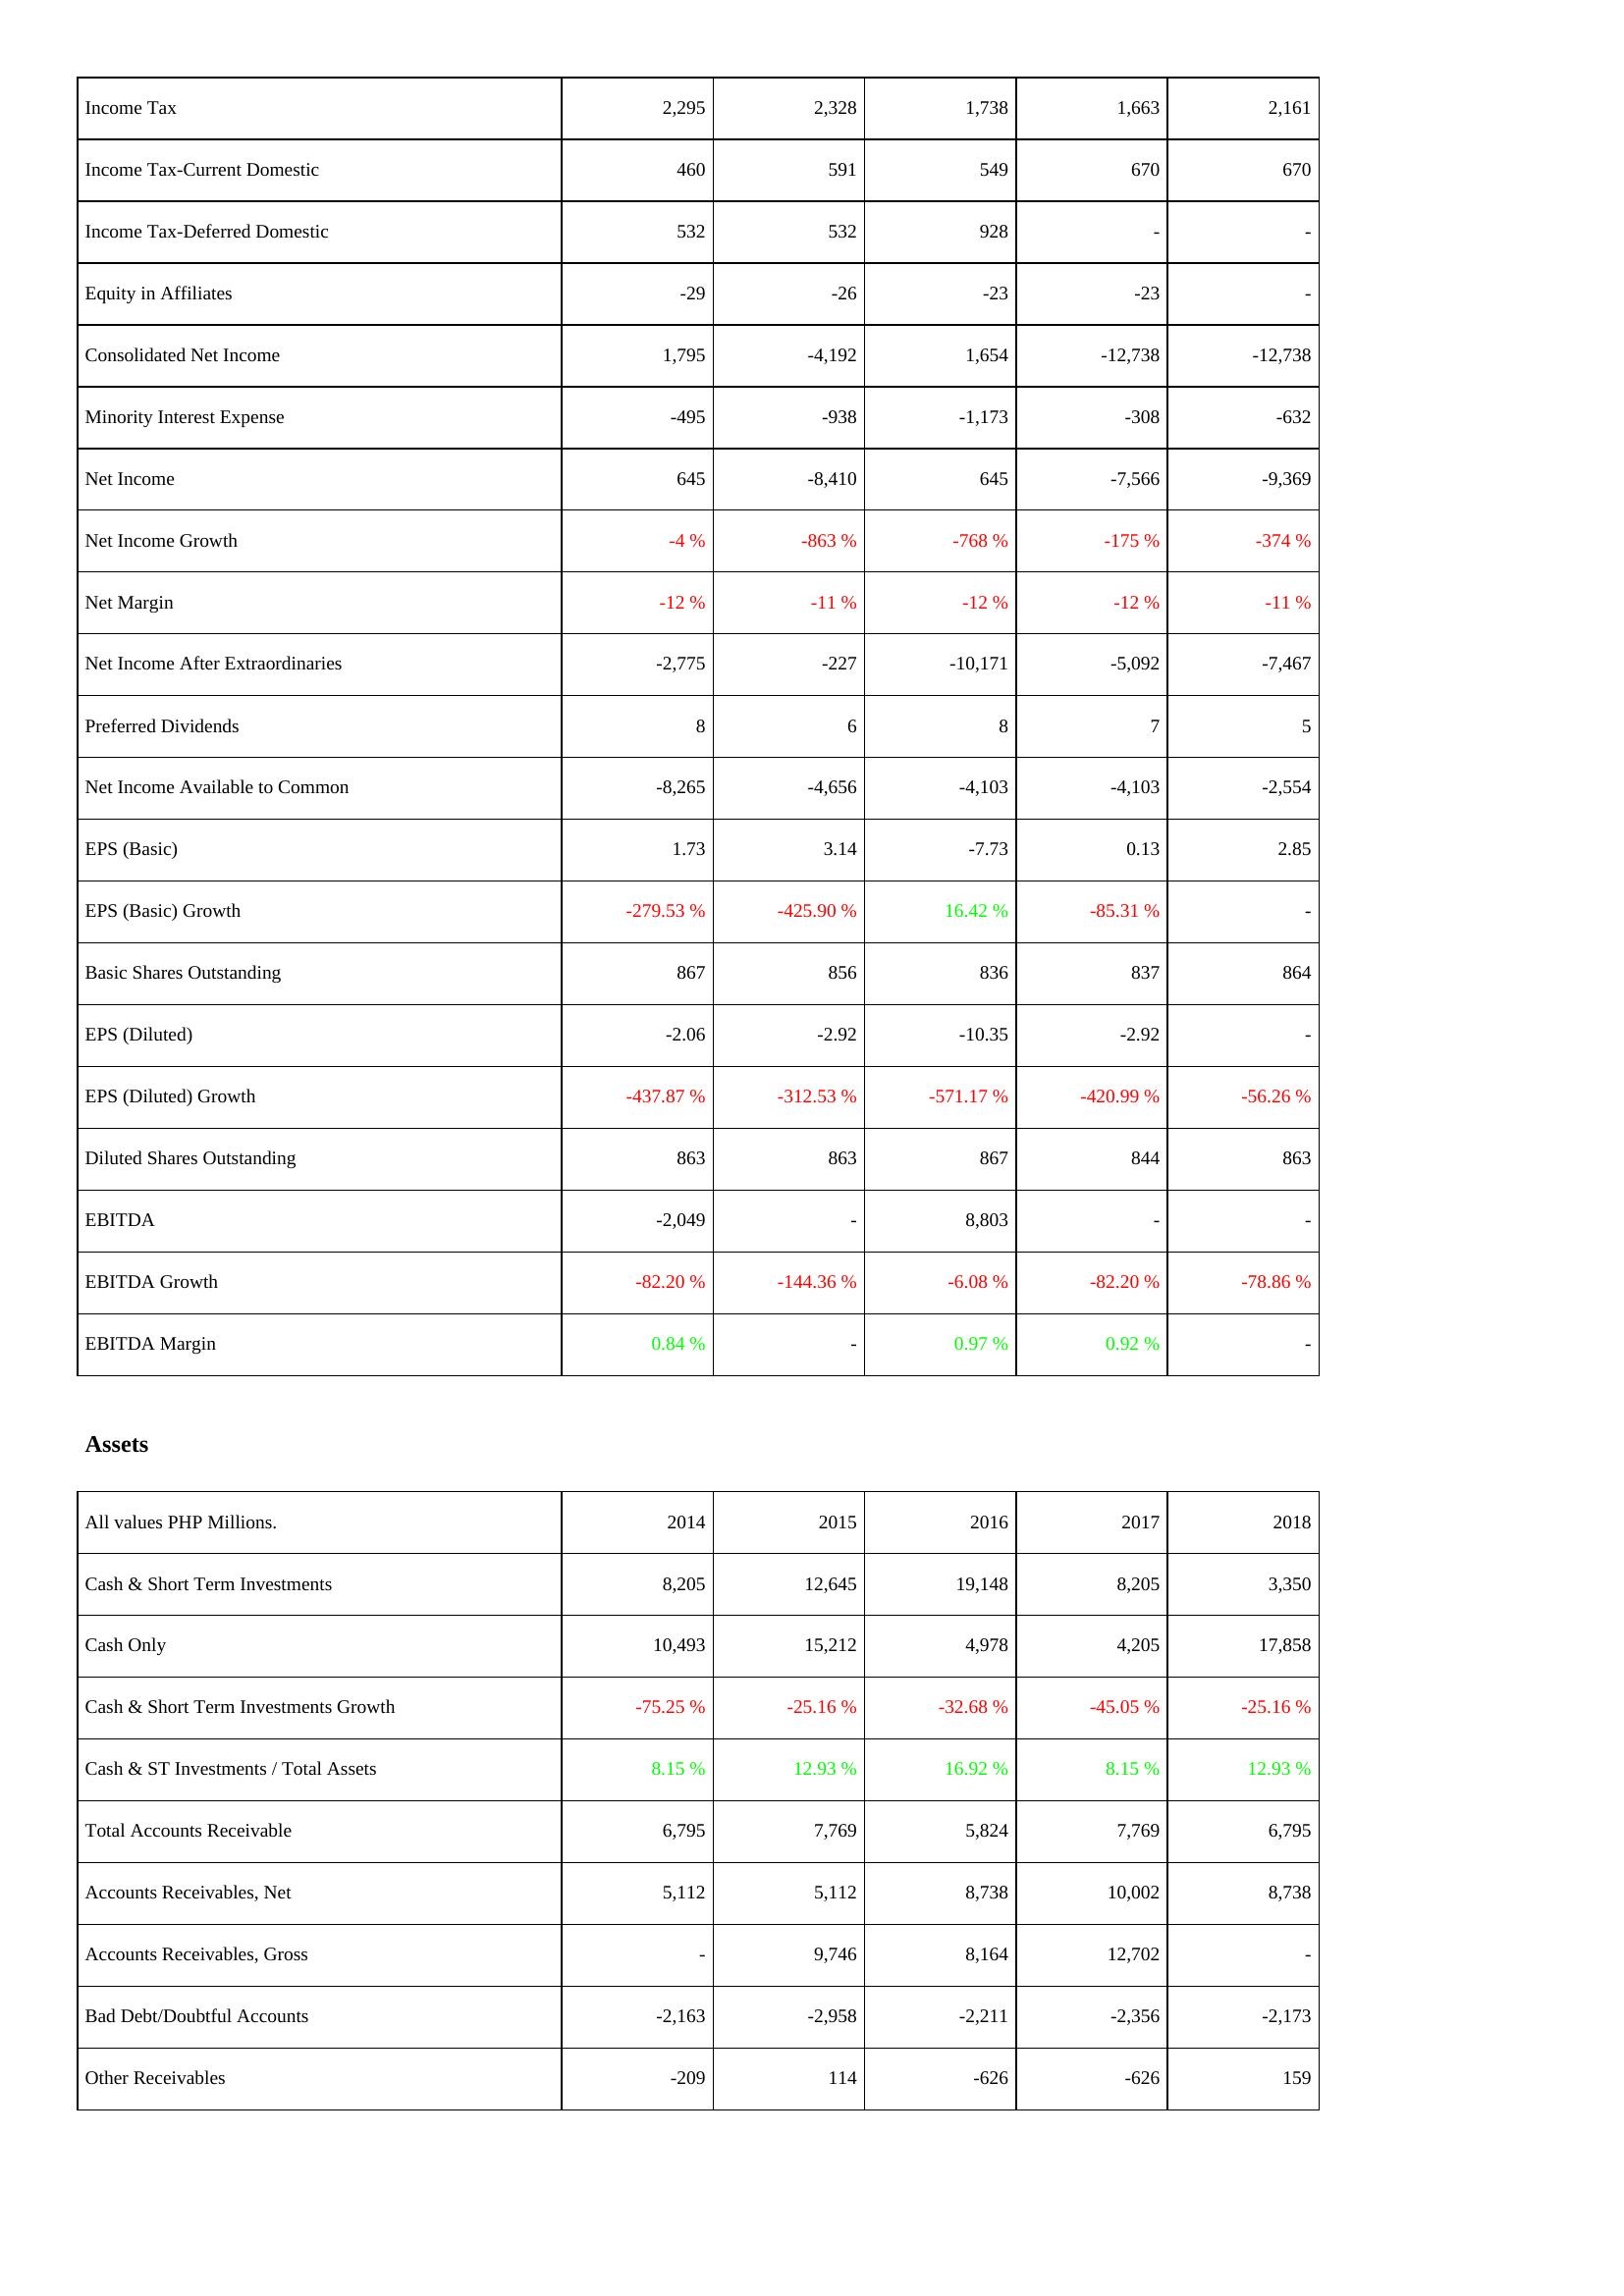
2014: Income Statement: Income Tax: 2,295
Income Tax-Current Domestic: 460
Income Tax-Deferred Domestic: 532
Equity in Affiliates: -29
Consolidated Net Income: 1,795
Minority Interest Expense: -495
Net Income: 645
Net Income Growth: -4 %
Net Margin: -12 %
Net Income After Extraordinaries: -2,775
Preferred Dividends: 8
Net Income Available to Common: -8,265
EPS (Basic): 1.73
EPS (Basic) Growth: -279.53 %
Basic Shares Outstanding: 867
EPS (Diluted): -2.06
EPS (Diluted) Growth: -437.87 %
Diluted Shares Outstanding: 863
EBITDA: -2,049
EBITDA Growth: -82.20 %
EBITDA Margin: 0.84 %
Assets: Cash & Short Term Investments: 8,205
Cash Only: 10,493
Cash & Short Term Investments Growth: -75.25 %
Cash & ST Investments / Total Assets: 8.15 %
Total Accounts Receivable: 6,795
Accounts Receivables, Net: 5,112
Accounts Receivables, Gross: -
Bad Debt/Doubtful Accounts: -2,163
Other Receivables: -209
2015: Income Statement: Income Tax: 2,328
Income Tax-Current Domestic: 591
Income Tax-Deferred Domestic: 532
Equity in Affiliates: -26
Consolidated Net Income: -4,192
Minority Interest Expense: -938
Net Income: -8,410
Net Income Growth: -863 %
Net Margin: -11 %
Net Income After Extraordinaries: -227
Preferred Dividends: 6
Net Income Available to Common: -4,656
EPS (Basic): 3.14
EPS (Basic) Growth: -425.90 %
Basic Shares Outstanding: 856
EPS (Diluted): -2.92
EPS (Diluted) Growth: -312.53 %
Diluted Shares Outstanding: 863
EBITDA: -
EBITDA Growth: -144.36 %
EBITDA Margin: -
Assets: Cash & Short Term Investments: 12,645
Cash Only: 15,212
Cash & Short Term Investments Growth: -25.16 %
Cash & ST Investments / Total Assets: 12.93 %
Total Accounts Receivable: 7,769
Accounts Receivables, Net: 5,112
Accounts Receivables, Gross: 9,746
Bad Debt/Doubtful Accounts: -2,958
Other Receivables: 114
2016: Income Statement: Income Tax: 1,738
Income Tax-Current Domestic: 549
Income Tax-Deferred Domestic: 928
Equity in Affiliates: -23
Consolidated Net Income: 1,654
Minority Interest Expense: -1,173
Net Income: 645
Net Income Growth: -768 %
Net Margin: -12 %
Net Income After Extraordinaries: -10,171
Preferred Dividends: 8
Net Income Available to Common: -4,103
EPS (Basic): -7.73
EPS (Basic) Growth: 16.42 %
Basic Shares Outstanding: 836
EPS (Diluted): -10.35
EPS (Diluted) Growth: -571.17 %
Diluted Shares Outstanding: 867
EBITDA: 8,803
EBITDA Growth: -6.08 %
EBITDA Margin: 0.97 %
Assets: Cash & Short Term Investments: 19,148
Cash Only: 4,978
Cash & Short Term Investments Growth: -32.68 %
Cash & ST Investments / Total Assets: 16.92 %
Total Accounts Receivable: 5,824
Accounts Receivables, Net: 8,738
Accounts Receivables, Gross: 8,164
Bad Debt/Doubtful Accounts: -2,211
Other Receivables: -626
2017: Income Statement: Income Tax: 1,663
Income Tax-Current Domestic: 670
Income Tax-Deferred Domestic: -
Equity in Affiliates: -23
Consolidated Net Income: -12,738
Minority Interest Expense: -308
Net Income: -7,566
Net Income Growth: -175 %
Net Margin: -12 %
Net Income After Extraordinaries: -5,092
Preferred Dividends: 7
Net Income Available to Common: -4,103
EPS (Basic): 0.13
EPS (Basic) Growth: -85.31 %
Basic Shares Outstanding: 837
EPS (Diluted): -2.92
EPS (Diluted) Growth: -420.99 %
Diluted Shares Outstanding: 844
EBITDA: -
EBITDA Growth: -82.20 %
EBITDA Margin: 0.92 %
Assets: Cash & Short Term Investments: 8,205
Cash Only: 4,205
Cash & Short Term Investments Growth: -45.05 %
Cash & ST Investments / Total Assets: 8.15 %
Total Accounts Receivable: 7,769
Accounts Receivables, Net: 10,002
Accounts Receivables, Gross: 12,702
Bad Debt/Doubtful Accounts: -2,356
Other Receivables: -626
2018: Income Statement: Income Tax: 2,161
Income Tax-Current Domestic: 670
Income Tax-Deferred Domestic: -
Equity in Affiliates: -
Consolidated Net Income: -12,738
Minority Interest Expense: -632
Net Income: -9,369
Net Income Growth: -374 %
Net Margin: -11 %
Net Income After Extraordinaries: -7,467
Preferred Dividends: 5
Net Income Available to Common: -2,554
EPS (Basic): 2.85
EPS (Basic) Growth: -
Basic Shares Outstanding: 864
EPS (Diluted): -
EPS (Diluted) Growth: -56.26 %
Diluted Shares Outstanding: 863
EBITDA: -
EBITDA Growth: -78.86 %
EBITDA Margin: -
Assets: Cash & Short Term Investments: 3,350
Cash Only: 17,858
Cash & Short Term Investments Growth: -25.16 %
Cash & ST Investments / Total Assets: 12.93 %
Total Accounts Receivable: 6,795
Accounts Receivables, Net: 8,738
Accounts Receivables, Gross: -
Bad Debt/Doubtful Accounts: -2,173
Other Receivables: 159